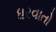
ધરવાતો